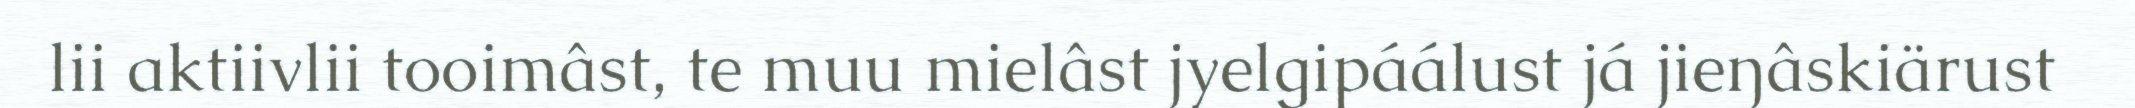
lii aktiivlii tooimâst, te muu mielâst jyelgipáálust já jieŋâskiärust